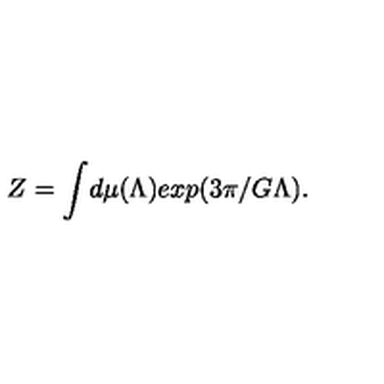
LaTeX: Z = \int \! d \mu ( \Lambda ) e x p ( 3 \pi / G \Lambda ) .